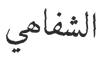
الشفاھي